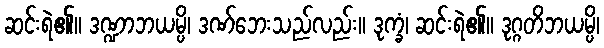
ဆင်းရဲ၏။ ဒဏ္ဍာဘယမ္ပိ၊ ဒဏ်ဘေးသည်လည်း။ ဒုက္ခံ၊ ဆင်းရဲ၏။ ဒုဂ္ဂတိဘယမ္ပိ၊